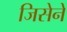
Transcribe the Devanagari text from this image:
जिसेने